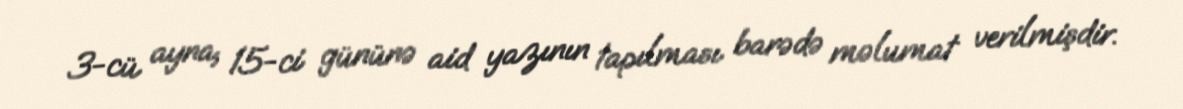
3-cü ayna, 15-ci gününə aid yazının tapılması barədə məlumat verilmişdir.